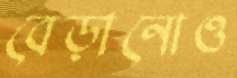
বেড়ানোও